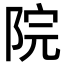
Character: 院